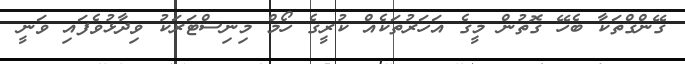
ގޭންގްތަކާ ބެހޭ ގޮތުން މީގެ އަހަރުތަކެއް ކުރީގެ ހޯމް މިނިސްޓަރަކު ވިދާޅުވެފައި ވަނީ